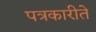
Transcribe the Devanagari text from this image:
पत्रकारीते